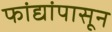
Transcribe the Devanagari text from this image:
फांद्यांपासून